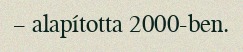
– alapította 2000-ben.